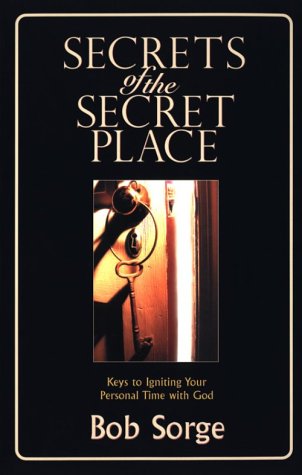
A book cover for Secrets of the Secret Place: Keys to Igniting Your Personal Time with God; Bob Sorge; Christian Books & Bibles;